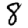
Digit: 8